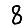
Digit: 8